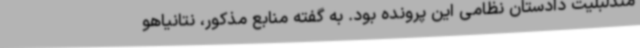
مندلبلیت دادستان نظامی این پرونده بود. به گفته منابع مذکور، نتانیاهو